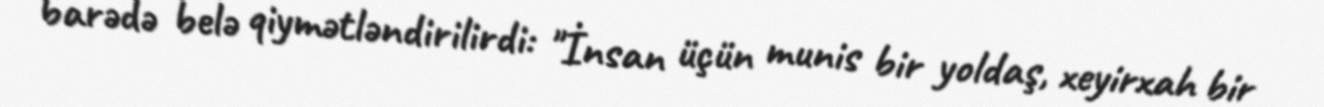
barədə belə qiymətləndirilirdi: "İnsan üçün munis bir yoldaş, xeyirxah bir